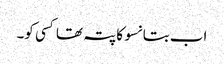
اب بتا نسو کا پتہ تھا کسی کو۔